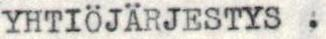
YHTIÖJÄRJESTYS .